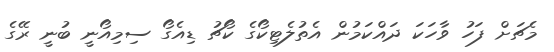
މެޗަށް ފަހު ވާހަކަ ދައްކަމުން އެތުލެޓިކޯގެ ކޯޗު ޑިއެގޯ ސިމިއޯނީ ބުނީ ރޭގެ